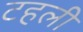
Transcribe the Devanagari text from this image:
टहली